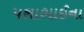
પશાભાઈના